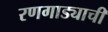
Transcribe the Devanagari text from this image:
रणगाड्याची